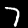
Digit: 7